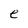
Character: e